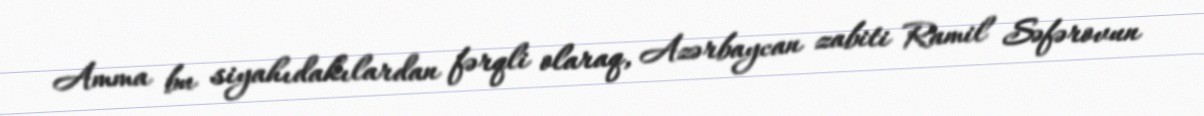
Amma bu siyahıdakılardan fərqli olaraq, Azərbaycan zabiti Ramil Səfərovun